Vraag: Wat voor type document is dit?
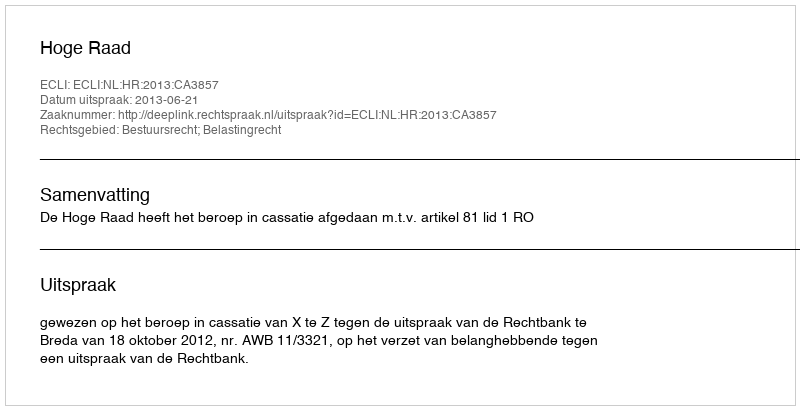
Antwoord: Uitspraak